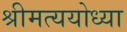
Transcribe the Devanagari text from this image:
श्रीमत्ययोध्या